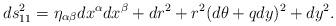
LaTeX: \begin{align*}ds_{11}^2 = \eta_{\alpha\beta}dx^\alpha dx^\beta+dr^2+r^2(d\theta+qdy)^2+dy^2. \end{align*}